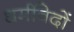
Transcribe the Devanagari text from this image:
धर्मविदों